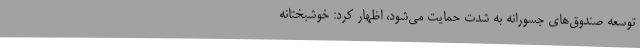
توسعه صندوق‌های جسورانه به شدت حمایت می‌شود، اظهار کرد: خوشبختانه